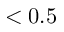
< 0 . 5